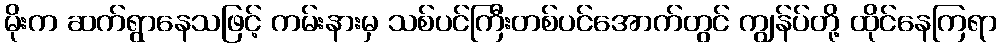
မိုးက ဆက်ရွာနေသဖြင့် ကမ်းနားမှ သစ်ပင်ကြီးတစ်ပင်အောက်တွင် ကျွန်ပ်တို့ ထိုင်နေကြရာ